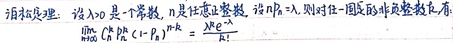
泊松定理：设\(\lambda>0\)是一个常数，\(n\)是任意正整数，设\(np_{n} =\lambda\)，则对任一固定的非负整数\(k\)，有
\(\lim\limits_{n \to \infty} C_{n}^{k} p_{n}^{k} (1 - p_{n})^{n - k}=\frac{\lambda^{k} e^{-\lambda}}{k!}\)